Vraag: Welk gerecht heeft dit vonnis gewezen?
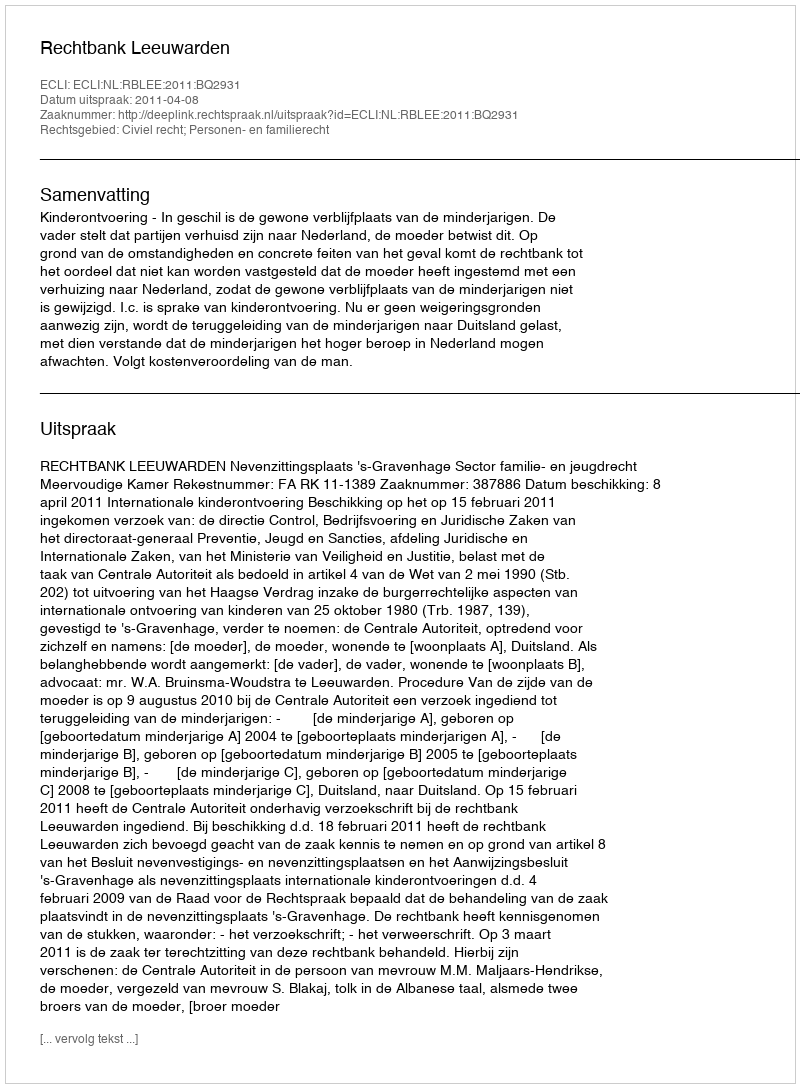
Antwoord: Rechtbank Leeuwarden